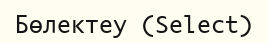
Бөлектеу (Select)